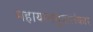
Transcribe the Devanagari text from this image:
महायानसूत्रालंकार